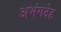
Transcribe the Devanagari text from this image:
अभंगदेह